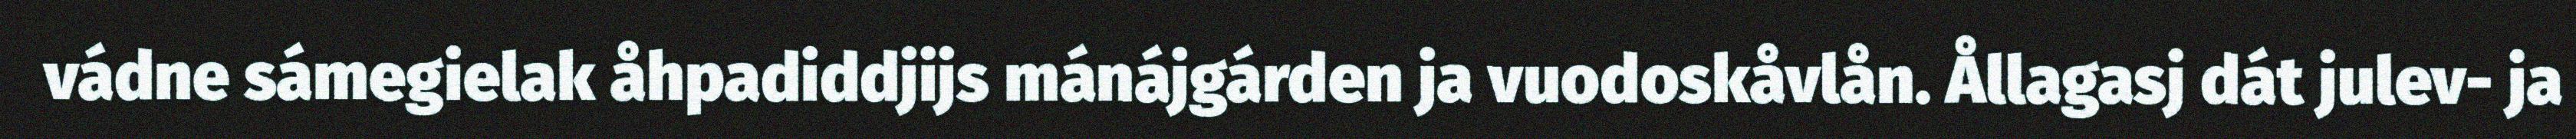
vádne sámegielak åhpadiddjijs mánájgárden ja vuodoskåvlån. Ållagasj dát julev- ja